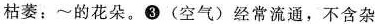
枯萎；~的花朵。③ (空气)经常流通，不含杂